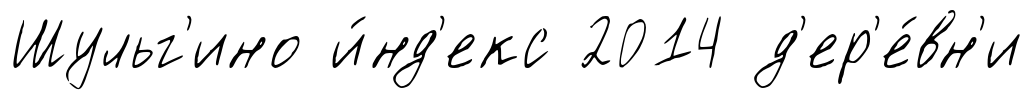
Шульг'ино и́нд'екс 2014 д'ер'е́вн'и